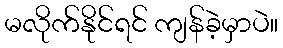
မလိုက်နိုင်ရင် ကျန်ခဲ့မှာပဲ။